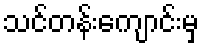
သင်တန်းကျောင်းမှ